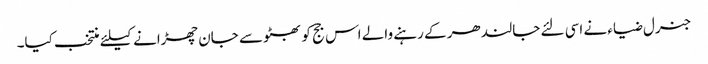
جنرل ضیاء نے اسی لئے جالندھر کے رہنے والے اس جج کو بھٹو سے جان چھڑانے کیلئے منتخب کیا۔